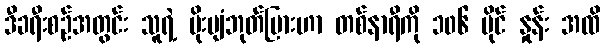
ဒီခရီးစဉ်အတွင်း သူရဲ့ မိုးပျံဘုတ်ပြားဟာ တစ်နာရီကို ၁၀၆ မိုင် နှုန်း အထိ